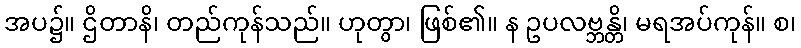
အပ၌။ ဌိတာနိ၊ တည်ကုန်သည်။ ဟုတွာ၊ ဖြစ်၏။ န ဥပလဗ္ဘန္တိ၊ မရအပ်ကုန်။ စ၊